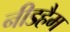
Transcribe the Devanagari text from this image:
नीडहैम